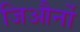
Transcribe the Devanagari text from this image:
जिऔर्नो